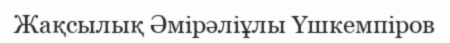
Жақсылық Әмірәліұлы Үшкемпіров